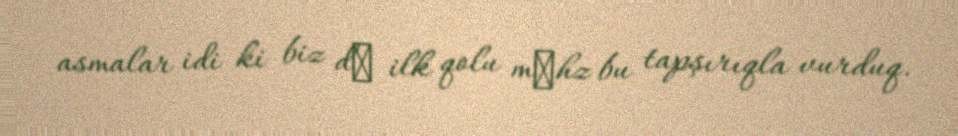
asmalar idi ki biz dә ilk qolu mәhz bu tapşırıqla vurduq.